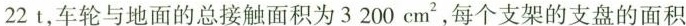
22 t，车轮与地面的总接触面积为3 200 cm^{2}，每个支架的支盘的面积